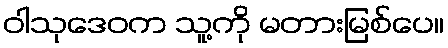
ဝါသုဒေဝက သူ့ကို မတားမြစ်ပေ။